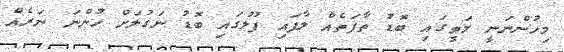
މިހުންނަނީ މަތީގައި ބޮޑު ތާފަތެއް ލާފައި ފުލުގައި ބޮޑު ނަގުލަށް ހުންނަ ނަރެއް